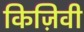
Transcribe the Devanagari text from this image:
किज़िवी